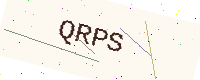
Text: QRPS